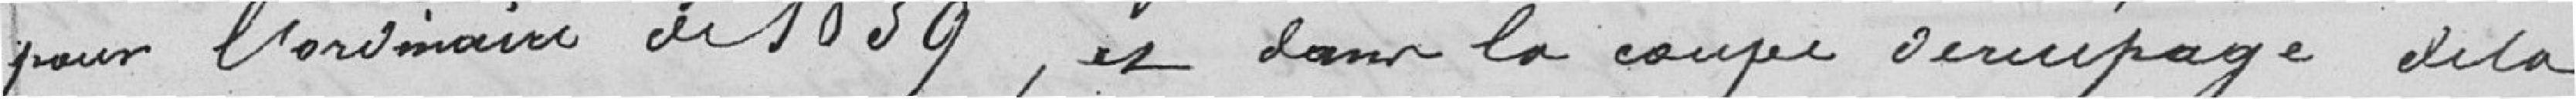
pour l'ordinaire de 1839, et dans la coupe de recépage de la